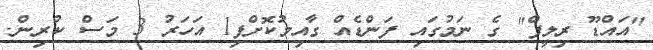
"އައްޑޫ ރިލީފް" ގެ ނަމުގައި ފަންޑެއް ގާއިމުކޮށްފި1 އަހަރު 3 މަސް ކުރިން.